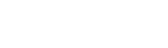
အဆိုပါသတင်းတွင်